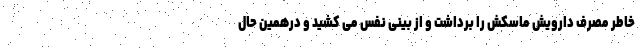
خاطر مصرف دارویش ماسکش را برداشت و از بینی نفس می کشید و درهمین حال